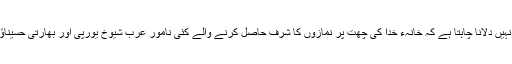
اب میں شیخ صاحب کو یہ یاد نہیں دلانا چاہتا ہے کہ خانہء خدا کی چھت پر نمازوں کا شرف حاصل کرنے والے کئی نامور عرب شیوخ یورپی اور بھارتی حسیناؤں کے ازلی عاشق و دلدادا ہیں۔